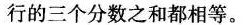
行的三个分数之和都相等。